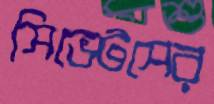
সিভেটসের